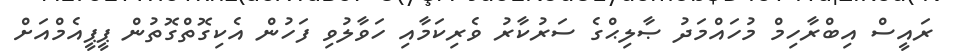
ރައީސް އިބްރާހިމް މުހައްމަދު ޞާލިޙްގެ ސަރުކާރު ވެރިކަމާއި ހަވާލުވި ފަހުން އެކިގޮތްގޮތުން ޕީޕީއެމްއަށް